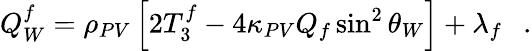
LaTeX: Q_{W}^{f}=\rho_{PV}\left[2T_{3}^{f}-4\kappa_{PV}Q_{f}\sin^{2}\theta_{W}\right]+\lambda_{f}\ \ \ .